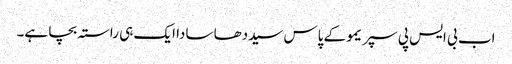
اب بی ایس پی سپریمو کے پاس سیددھا سادا ایک ہی راستہ بچا ہے۔